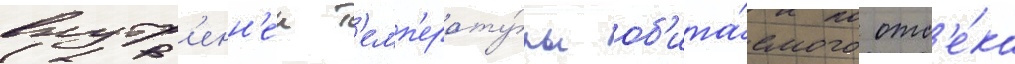
внутр'енн'еи т'емп'ерату́ры об'ита́емого отс'е́ка